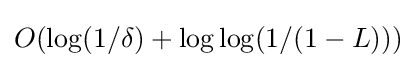
O(\log(1/\delta )+\log \log(1/(1-L)))